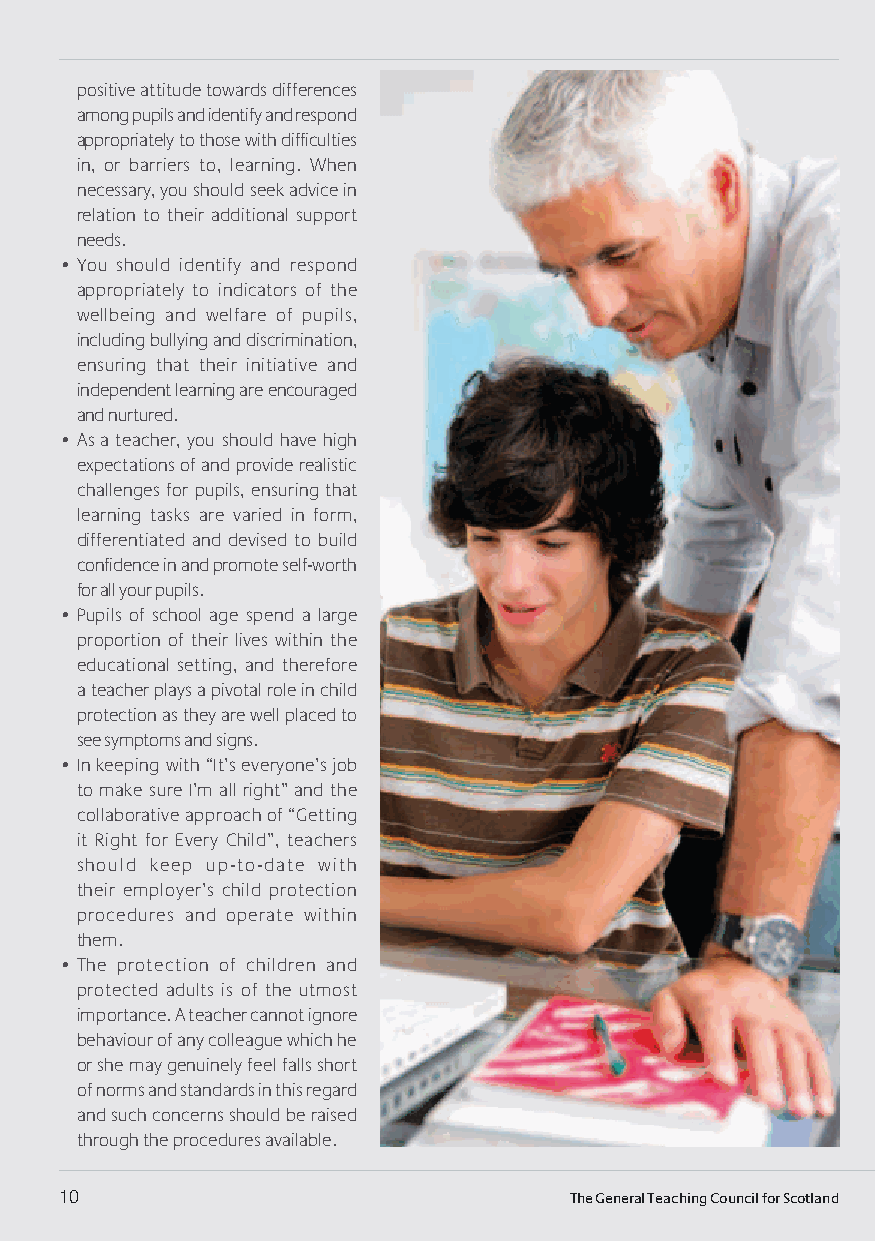
positive attitude towards differences
 among pupils and identify and respond
 appropriately to those with difficulties
 in, or barriers to, learning. when
 necessary, you should seek advice in
 relation to their additional support
 needs.
 • You should identify and respond
 appropriately to indicators of the
 wellbeing and welfare of pupils,
 including bullying and discrimination,
 ensuring that their initiative and
 independent learning are encouraged
 and nurtured.
 • as a teacher, you should have high
 expectations of and provide realistic
 challenges for pupils, ensuring that
 learning tasks are varied in form,
 differentiated and devised to build
 confidence in and promote self-worth
 for all your pupils.
 • pupils of school age spend a large
 proportion of their lives within the
 educational setting, and therefore
 a teacher plays a pivotal role in child
 protection as they are well placed to
 see symptoms and signs.
 • in keeping with “it’s everyone’s job
 to make sure i’m all right” and the
 collaborative approach of “Getting
 it right for every child”, teachers
 should keep up-to-date with
 their employer’s child protection
 procedures and operate within
 them.
 • The protection of children and
 protected adults is of the utmost
 importance. a teacher cannot ignore
 behaviour of any colleague which he
 or she may genuinely feel falls short
 of norms and standards in this regard
 and such concerns should be raised
 through the procedures available.
 10                                The General Teaching Council for Scotland